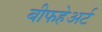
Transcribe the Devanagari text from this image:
बीफहेअर्ट